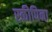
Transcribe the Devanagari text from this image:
स्कीपिना